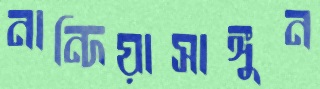
নান্দিয়াসাঙ্গুন